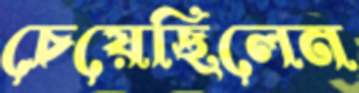
চেয়েছিলেন